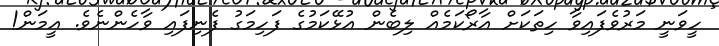
ހީވަނީ މަރުވެފައިވާ ހިތަކަށް އާރޯކަމެއް ލިބެން އުޅޭކަމުގެ ފަހިމަގު ފެނިފައި ވާހެންނެވެ. އީމަން!